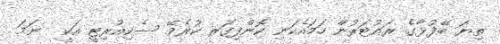
ތިޔަ ބޭފުޅާގެ ރައުޓަރުން ހަމައެކަނި ކޮންފިގަރ ކުރެވޭ ސެކިއުރިޓީ އަކީ  ނަމަ